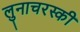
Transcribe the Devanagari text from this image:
लुनाचरस्की